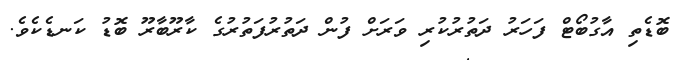
ބޮޑެތި އާގުބޯޓް ފަހަރު ދަތުރުކުރި ވަރަށް ފުން ދަތުރުފަތުރުގެ ކާރޫބާރޫ ބޮޑު ކަނޑެކެވެ.